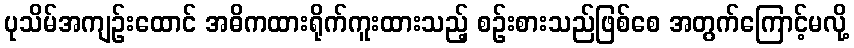
ပုသိမ်အကျဉ်းထောင် အဓိကထားရိုက်ကူးထားသည့် စဉ်းစားသည်ဖြစ်စေ အတွက်ကြောင့်မလို့